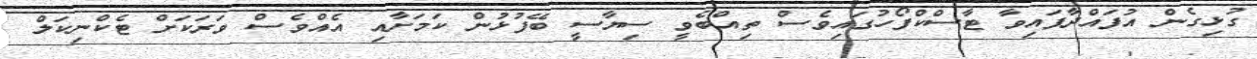
ގުޅިގެން އުފައްދާފައިވާ ޓާސްކްފޯހުގައިވެސް ތިއްބެވީ ސިޔާސީ ބޭފުޅުން ކަަމަށާއި އެއްވެސް ވަރަކަށް ޓެކްނިކަލް